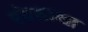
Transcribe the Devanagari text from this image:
पंचशाखा